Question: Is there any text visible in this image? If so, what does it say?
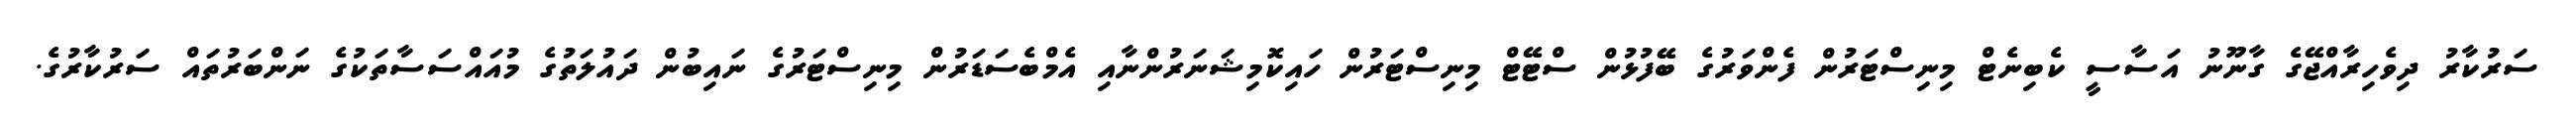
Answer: ސަރުކާރު ދިވެހިރާއްޖޭގެ ގާނޫނު އަސާސީ ކެބިނެޓް މިނިސްޓަރުން ފެންވަރުގެ ބޭފުޅުން ސްޓޭޓް މިނިސްޓަރުން ހައިކޮމިޝަނަރުންނާއި އެމްބެސަޑަރުން މިނިސްޓަރުގެ ނައިބުން ދައުލަތުގެ މުއައްސަސާތަކުގެ ނަންބަރުތައް ސަރުކާރުގެ.